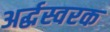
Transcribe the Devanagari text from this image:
अर्द्धस्वरक